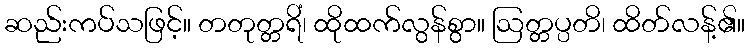
ဆည်းကပ်သဖြင့်။ တတုတ္တရိံ၊ ထိုထက်လွန်စွာ။ ဩတ္တပ္ပတိ၊ ထိတ်လန့်၏။